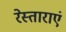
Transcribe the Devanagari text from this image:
रेस्ताराएं